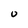
Character: U